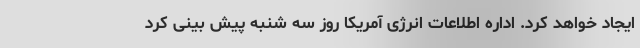
ایجاد خواهد کرد. اداره اطلاعات انرژی آمریکا روز سه شنبه پیش بینی کرد